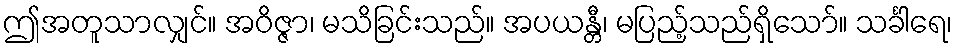
ဤအတူသာလျှင်။ အဝိဇ္ဇာ၊ မသိခြင်းသည်။ အပယန္တီ၊ မပြည့်သည်ရှိသော်။ သင်္ခါရေ၊